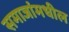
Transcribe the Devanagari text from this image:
समाजांमधील